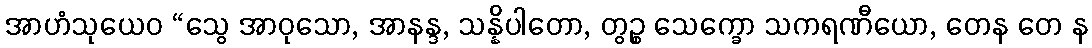
အာဟံသုယေဝ “သွေ အာဝုသော, အာနန္ဒ, သန္နိပါတော, တွဉ္စ သေက္ခော သကရဏီယော, တေန တေ န